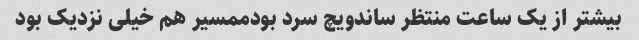
بیشتر از یک ساعت منتظر ساندویچ سرد بودممسیر هم خیلی نزدیک بود